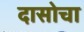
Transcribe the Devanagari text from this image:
दासोचा